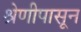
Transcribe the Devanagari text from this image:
श्रेणीपासून